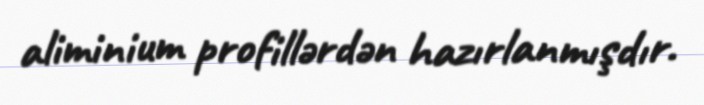
aliminium profillərdən hazırlanmışdır.